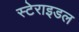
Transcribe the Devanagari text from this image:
स्टेराइडल